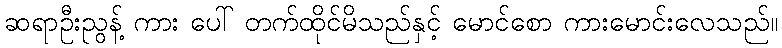
ဆရာဦးညွန့် ကား ပေါ် တက်ထိုင်မိသည်နှင့် မောင်စော ကားမောင်းလေသည်။